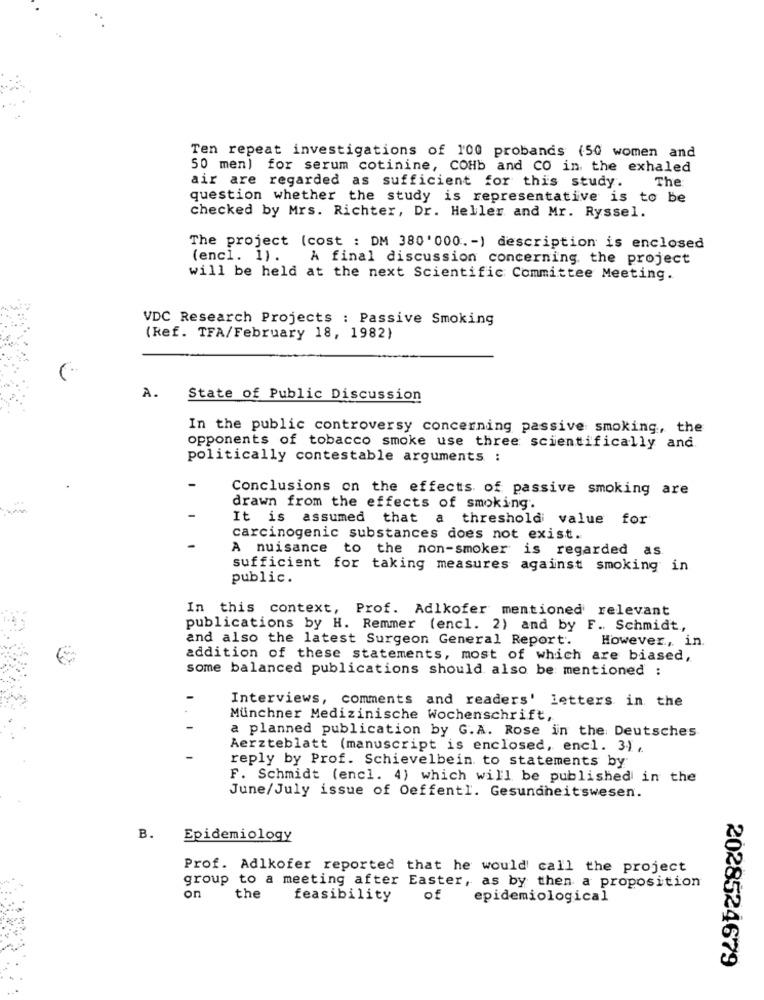
Ten repeat investigations of 1'00 probands (50 women and
50 men) for serum cotinine, COHb and CO in the exhaled
air are regarded as sufficient for this study.
The
question whether the study is representative is to be
checked by Mrs. Richter, Dr. Heller and Mr. Ryssel.
The project (cost : DM 380'000. - ) description is enclosed
(encl. 1). A final discussion concerning the project
will be held at the next Scientific Committee Meeting.
VDC Research Projects : Passive Smoking
(Ref. TFA/February 18, 1982)
A.
State of Public Discussion
In the public controversy concerning passive smoking, the
opponents of tobacco smoke use three scientifically and.
politically contestable arguments :
Conclusions on the effects of passive smoking are
drawn from the effects of smoking.
It is assumed that a threshold value for
carcinogenic substances does not exist.
-
A nuisance to the non-smoker is regarded as
sufficient for taking measures against smoking in
public.
In this context, Prof. Adlkofer mentioned relevant
publications by H. Remmer (encl. 2) and by F. Schmidt,
and also the latest Surgeon General Report.
However, in.
addition of these statements, most of which are biased,
some balanced publications should also be mentioned :
Interviews, comments and readers' letters in the
Münchner Medizinische Wochenschrift,
a planned publication by G.A. Rose in the Deutsches
Aerzteblatt (manuscript is enclosed, encl. 3),
reply by Prof. Schievelbein to statements by
F. Schmidt (encl. 4) which will be published in the
June/July issue of Oeffentl. Gesundheitswesen.
B.
Epidemiology
Prof. Adlkofer reported that he would call the project
group to a meeting after Easter, as by then a proposition
on
the
feasibility
of
epidemiological
2028524679